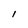
Character: I